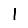
Digit: 1